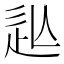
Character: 𲅍